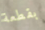
بقطعة